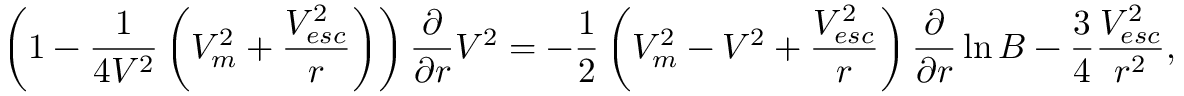
\left( 1 - \frac { 1 } { 4 V ^ { 2 } } \left( V _ { m } ^ { 2 } + \frac { V _ { e s c } ^ { 2 } } { r } \right) \right) \frac { \partial } { \partial r } V ^ { 2 } = - \frac { 1 } { 2 } \left( V _ { m } ^ { 2 } - V ^ { 2 } + \frac { V _ { e s c } ^ { 2 } } { r } \right) \frac { \partial } { \partial r } \ln B - \frac { 3 } { 4 } \frac { V _ { e s c } ^ { 2 } } { r ^ { 2 } } ,